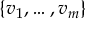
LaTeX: \{ v _ { 1 } , \dotsc , v _ { m } \}